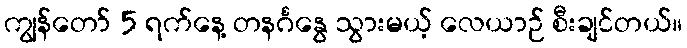
ကျွန်တော် 5 ရက်နေ့ တနင်္ဂနွေ သွားမယ့် လေယာဉ် စီးချင်တယ်။